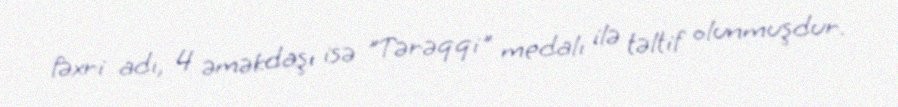
fəxri adı, 4 əməkdaşı isə "Tərəqqi" medalı ilə təltif olunmuşdur.